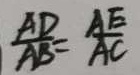
\frac { A D } { A B } = \frac { A E } { A C }